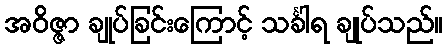
အဝိဇ္ဇာ ချုပ်ခြင်းကြောင့် သင်္ခါရ ချုပ်သည်။